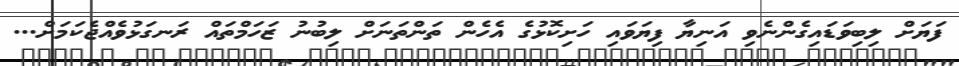
ފަޔަށް ލިބިވަޑައިގެންނެވި އަނިޔާ ފިޔަވައި ހަށިކޮޅުގެ އެހެން ތަންތަނަށް ލިބުނު ޒަހަމްތައް ރަނގަޅުވެއްޖެކަމަށް...